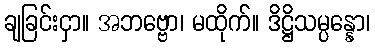
ချခြင်းငှာ။ အဘဗ္ဗော၊ မထိုက်။ ဒိဋ္ဌိသမ္ပန္နော၊